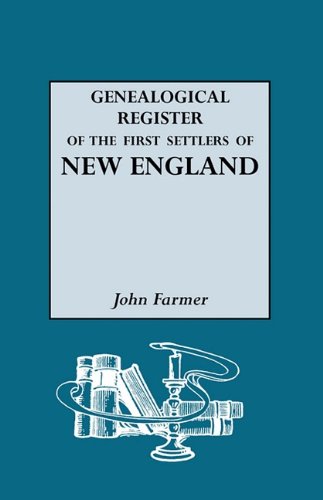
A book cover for A Genealogical Register of the First Settlers of New England, 1620-1675 With; John Farmer; Reference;